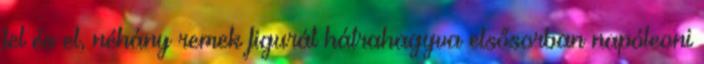
fel és el, néhány remek figurát hátrahagyva elsősorban napóleoni